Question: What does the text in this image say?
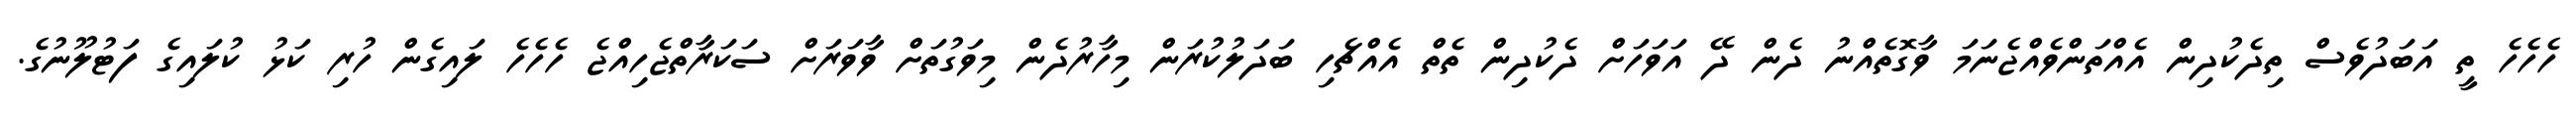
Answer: ހެހެހެ ތީ އަބަދުވެސް ތިދެކުދިން އެއްތަންވެއްޖެނަމަ ވާގޮތެއްނު ދެން ދޭ އަވަހަށް ދެކުދިން ތެތް އެއްޗެހި ބަދަލުކުރަން މިހާރުދެން މިވަގުތަށް ވާވަރަށް ސަކަރާތްޖެހިއްޖެ ހެހެހެ ލައިގެން ހުރި ކަޅު ކުލައިގެ ފަޓުލޫނުގެ.